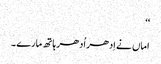
‘‘
اماں نے اِدھر اُدھر ہاتھ مارے ۔